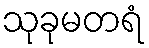
သုခုမတရံ